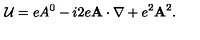
{ \cal U } = e A ^ { 0 } - i 2 e { \bf A \cdot \nabla } + e ^ { 2 } { \bf A } ^ { 2 } .